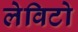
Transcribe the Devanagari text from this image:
लेविटो